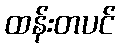
ထန်းတပင်